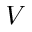
V